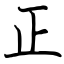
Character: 正